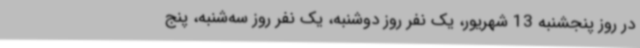
در روز پنجشنبه 13 شهریور، یک نفر روز دوشنبه، یک نفر روز سه‌شنبه، پنج